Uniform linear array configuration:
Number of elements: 48
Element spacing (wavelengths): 0.5
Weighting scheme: blackman
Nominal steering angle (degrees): -60
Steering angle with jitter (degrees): -60.617
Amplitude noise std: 0.05
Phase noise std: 0.05

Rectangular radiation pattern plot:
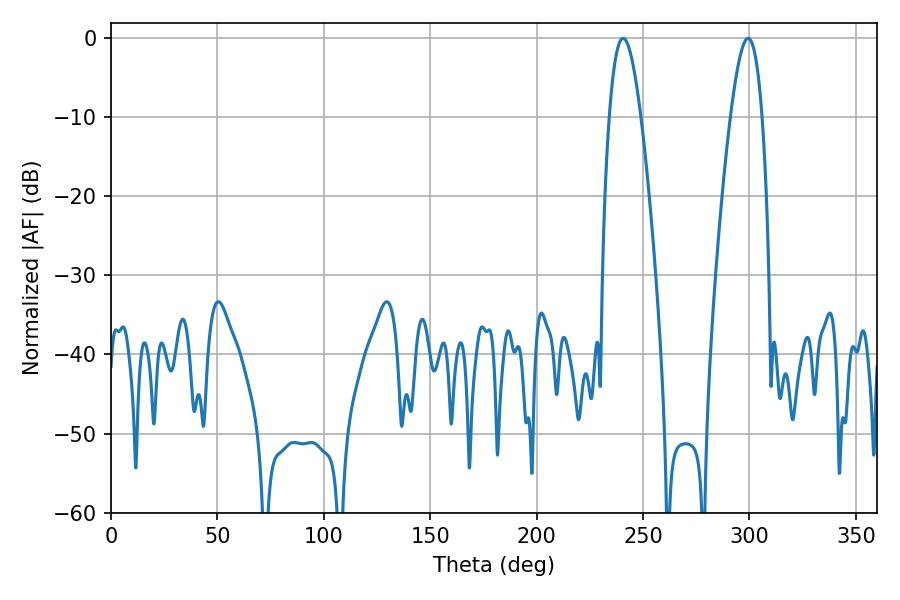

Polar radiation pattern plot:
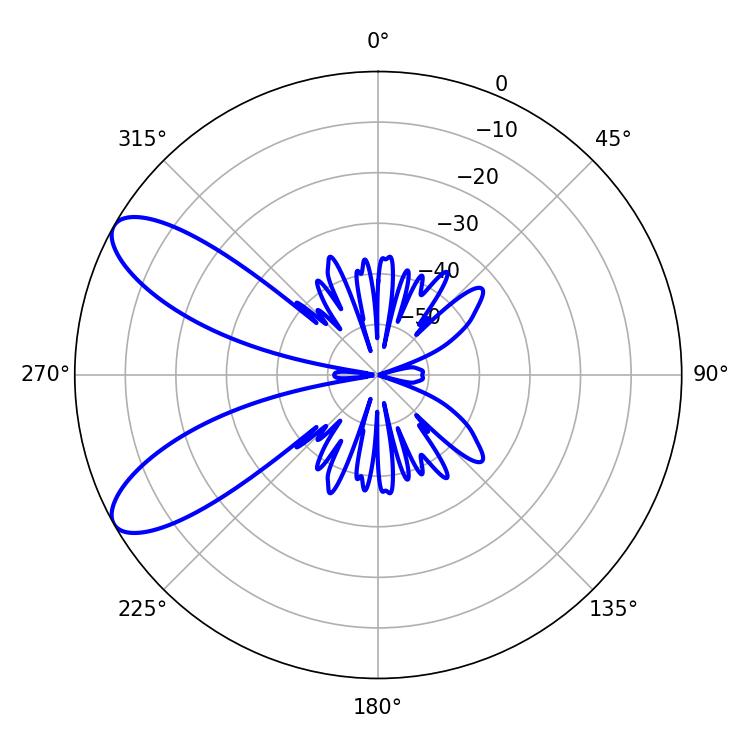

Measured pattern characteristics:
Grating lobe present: FALSE
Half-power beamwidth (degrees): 8.1
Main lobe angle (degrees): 240.66